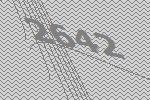
2642